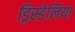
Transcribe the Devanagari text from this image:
ड्रिस्डेलिया